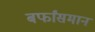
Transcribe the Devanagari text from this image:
बर्फांसमान